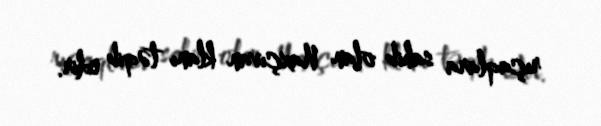
rıçaqlara sahib olan Naxçıvan klanı təqib edir.